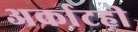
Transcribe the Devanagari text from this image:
अर्काटही